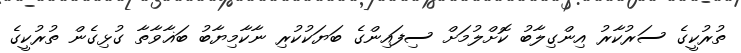
ތުރުކީގެ ސަރުކާރު އިންގިލާބު ކޮށްލުމަށް ސިފައިންގެ ބަޔަކުކުރި ނާކާމިޔާބު ބަޣާވާތާ ގުޅިގެން ތުރުކީގެ